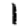
Digit: 1